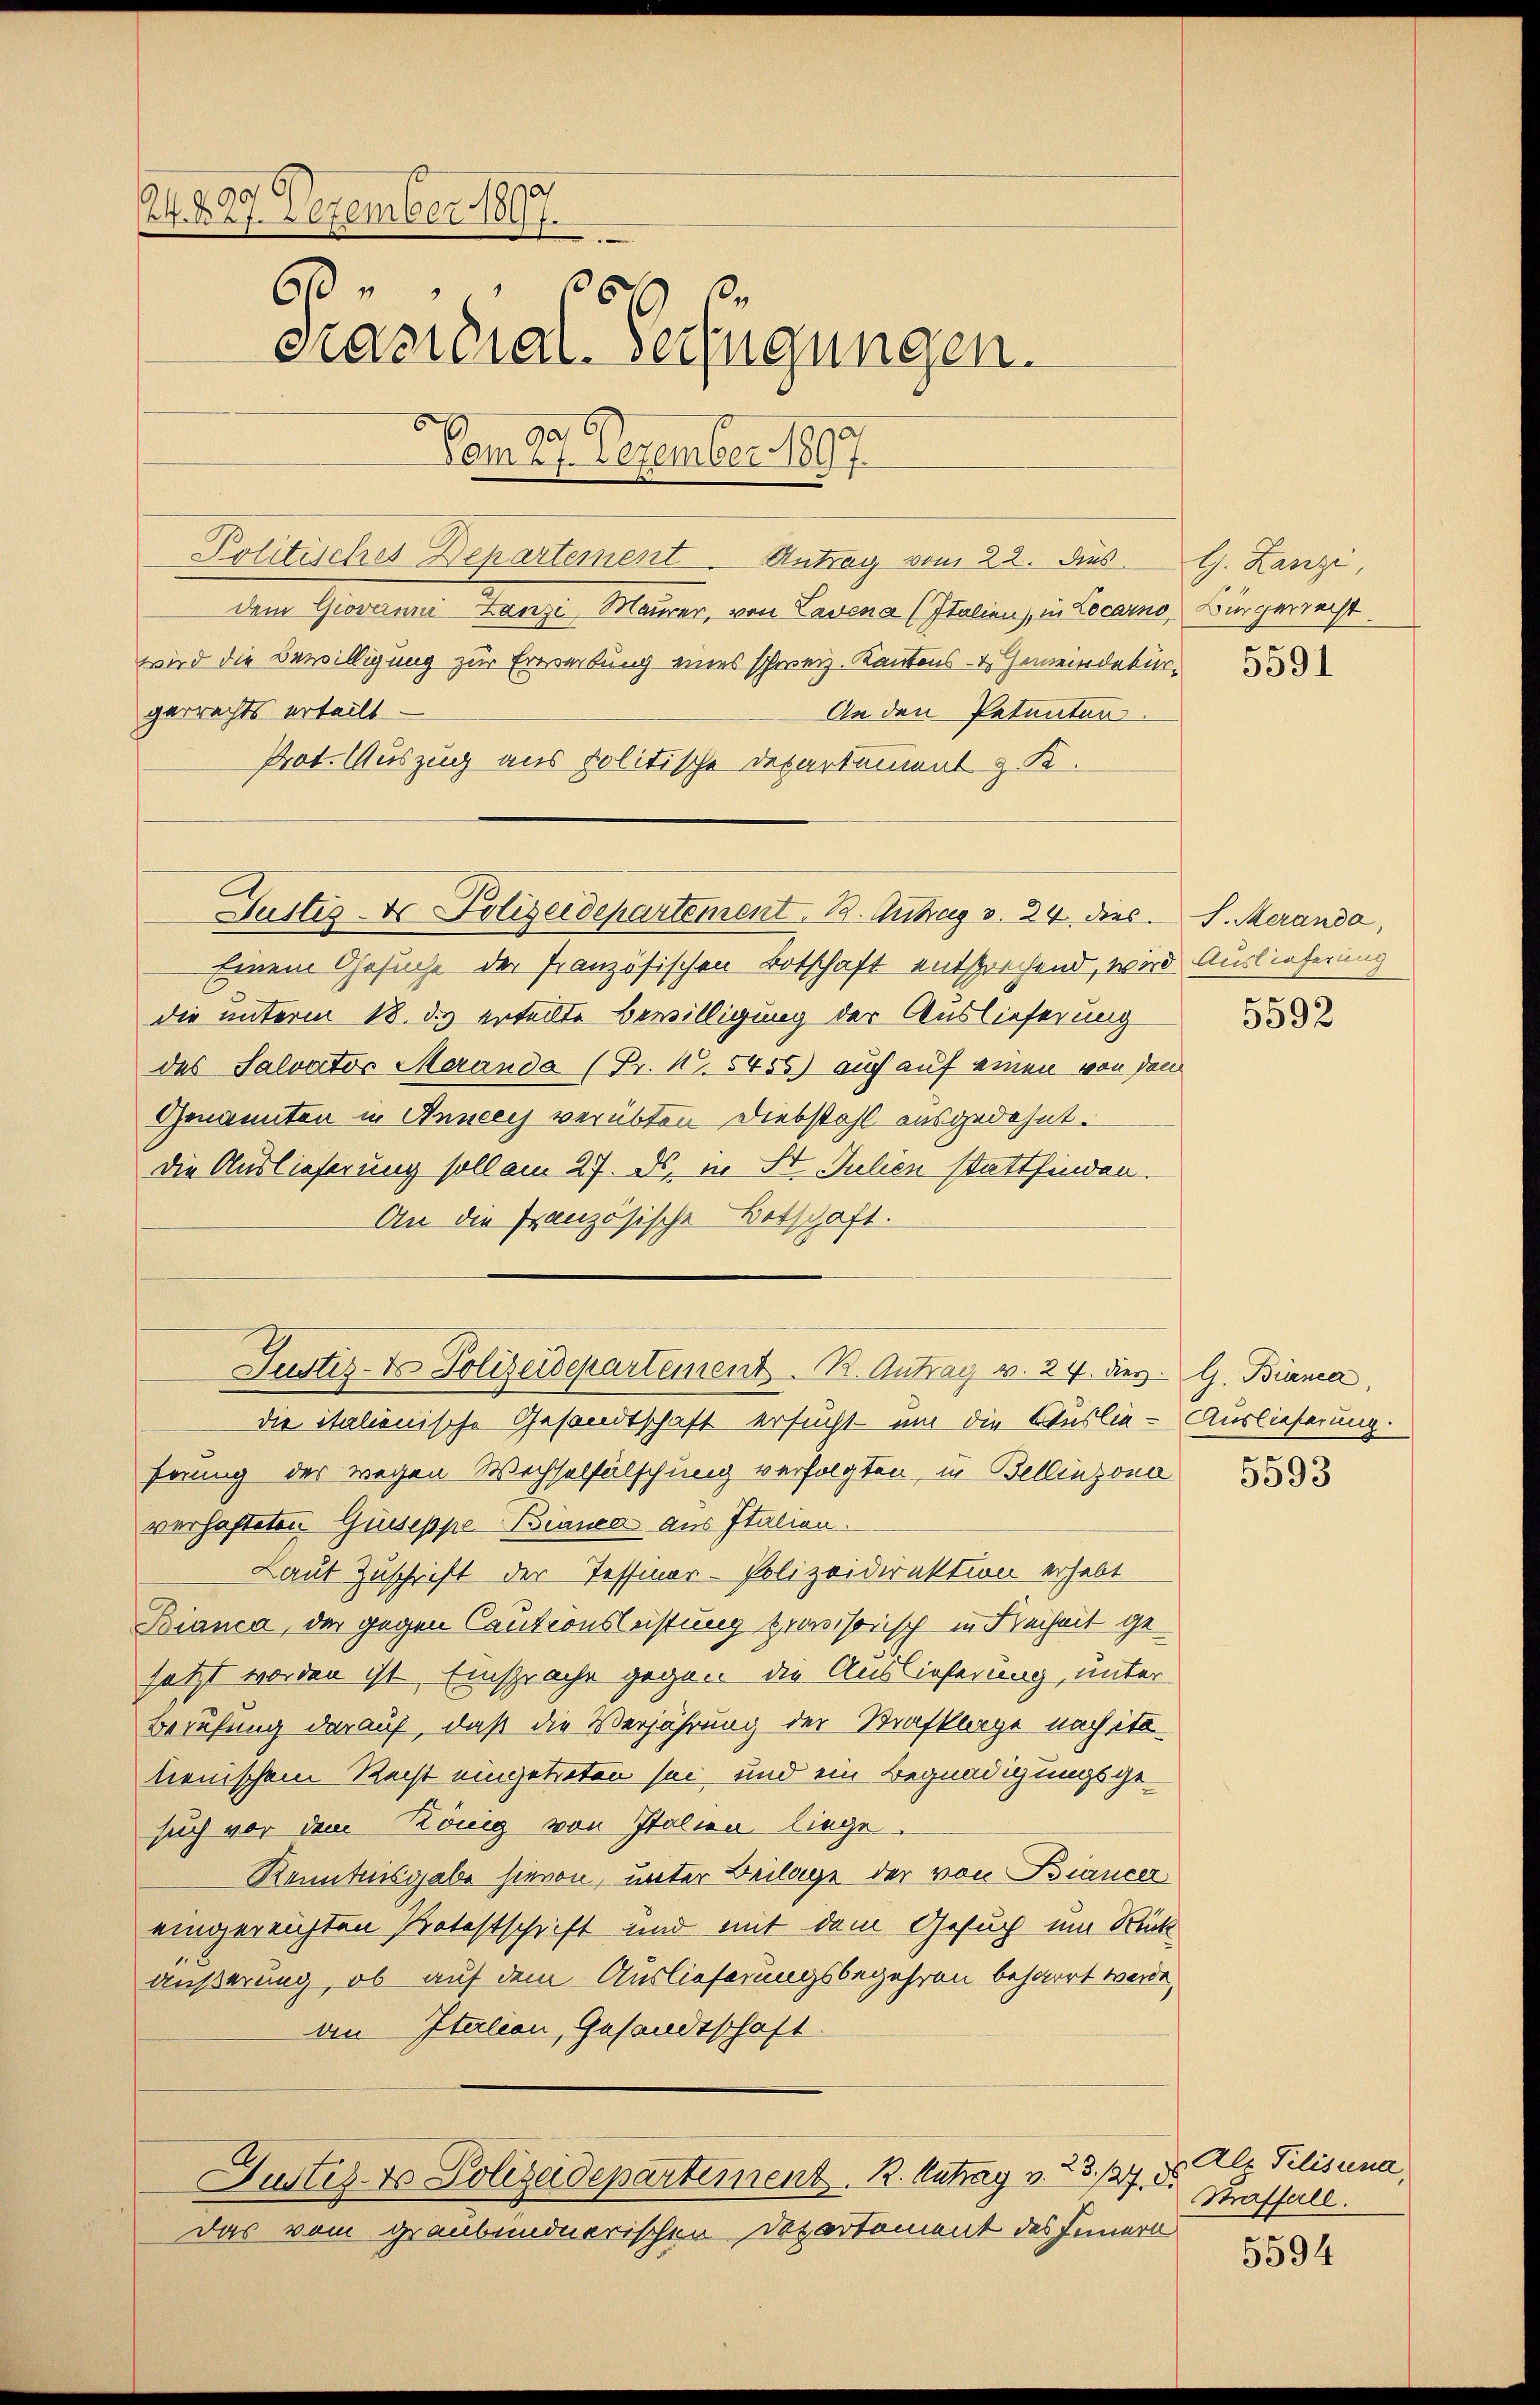
A 429. Dezember 1897
60
30
präsidial-Verfügungen.
a,6
Vom 27. Dezember 1897

Politisches Departement. Antrag vom 22. dies
dem Giovanni Danzi, Maurer, von Lavena (Italien), in Locarno, Bürgerrecht
wird die Bewilligung zur Erwerbung eines schweiz. Kantons- & Gemeindekür
gerrechts erteilt.
An den Petenten.
Prot. Auszug aus Politische Departement & K
Einem Gesuche der französischen Botschaft entsprechend, wird Auslieferung
die unterm 18. ds ertellte Bewilligung der Auslieferung
des Salvator Meranda (Fr. N. 5455) auch auf einen von dem
Genannten in Anneey verübten Diebstahl ausgedehnt.
die Auslieferung soll am 27. ds. in St. Julien stattfinden.
An die französische Botschaft.
die italienische Gesandtschaft ersucht - um die Auslie - Auslieferung
ferung der wegen Wechselfälschung verfolgten, in Bellinzona 1833
verhafteten Guseppe Bianca aus Italien.
Laut Zuschrift der Tessiner-Polizeidirektion erhebt
Bianca, der gegen Cautionsleistung provisorisch in Freiheit gesetzt worden ist. Einsprache gegen die Auslieferung, unter
Berufung darauf, daß die Verjährung der Strafklage nach itolienischem Recht eingetreten sei und ein Begnadigungsgesuch vor dem König von Italien liege.
Kenntnisgabe hievon, unter Beilage der von Biancer
eingereichten Protestschrift und mit dem Gesuch um Rück
äußerung, ob auf dem Auslieferungsbegehren beharrt werde,
an Italien, Gesandtschaft.
Justiz- & Polizeidepartement. R. Antrag v. 23. 127. d.
Das vom graubündnerischen Departement des Innern

Gustes- & Polizeidepartement. B. Antrag v. 24. dies

Justiz- & Polizeidepartement. R. Antrag v. 24. des G. Bianca,

l. Lanzi,

S. Meranda,

5592

Als Pilisina,
Straffall.

5594